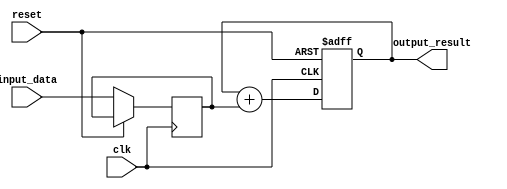
module ParallelAccumulator (
  input wire clk,
  input wire reset,
  input wire [7:0] input_data,
  output reg [15:0] output_result
);

reg [15:0] accumulator;
reg [7:0] temp_data;

always @(posedge clk or posedge reset) begin
  if (reset) begin
    accumulator <= 16'b0;
  end else begin
    temp_data <= input_data;
    accumulator <= accumulator + temp_data;
  end
end

assign output_result = accumulator;

endmodule